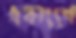
একাংশে